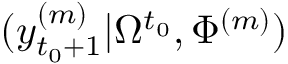
( y _ { t _ { 0 } + 1 } ^ { ( m ) } | \Omega ^ { t _ { 0 } } , \Phi ^ { ( m ) } )